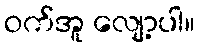
ဝက်အူ လျော့ပါ။